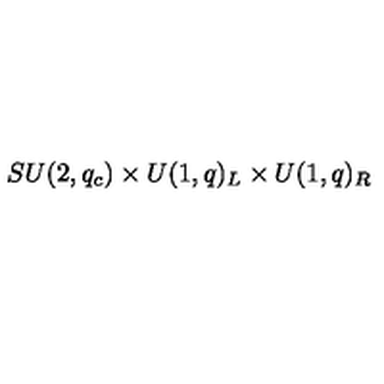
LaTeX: S U ( 2 , q _ { c } ) \times U ( 1 , q ) _ { L } \times U ( 1 , q ) _ { R }